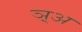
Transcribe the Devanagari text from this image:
ञ़्अ